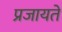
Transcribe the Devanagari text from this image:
प्रजायते